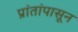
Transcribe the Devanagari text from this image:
प्रांतांपासून